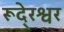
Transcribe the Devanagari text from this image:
रूदे्रश्वर